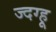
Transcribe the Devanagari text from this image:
ज्दग्हू